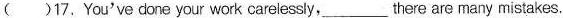
()17. You've done your work carelessly,___there are many mistakes.